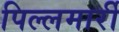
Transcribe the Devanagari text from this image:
पिल्‍लमार्री